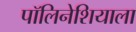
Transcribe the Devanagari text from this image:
पॉलिनेशियाला